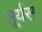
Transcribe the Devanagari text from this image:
सूर्यस्